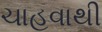
ચાહવાથી